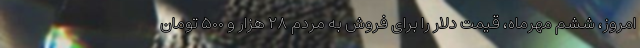
امروز، ششم مهرماه، قیمت دلار را برای فروش به مردم ۲۸ هزار و ۵۰۰ تومان